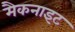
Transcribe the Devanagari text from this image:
मैकनाइट